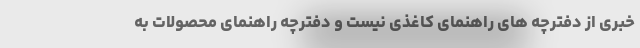
خبری از دفترچه های راهنمای کاغذی نیست و دفترچه راهنمای محصولات به